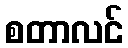
စတာလင်